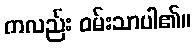
ကလည်း ဝမ်းသာပါ၏။